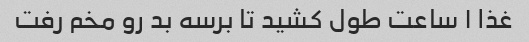
غذا ۱ ساعت طول کشید تا برسه بد رو مخم رفت